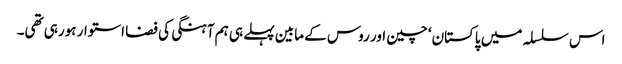
اس سلسلہ میں پاکستان‘ چین اور روس کے مابین پہلے ہی ہم آہنگی کی فضا استوار ہورہی تھی۔